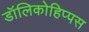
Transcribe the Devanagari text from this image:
डॉलिकोहिप्पस